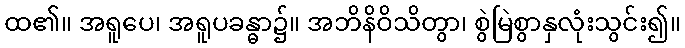
ထ၏။ အရူပေ၊ အရူပခန္ဓာ၌။ အဘိနိဝိသိတွာ၊ စွဲမြဲစွာနှလုံးသွင်း၍။